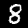
Digit: 8